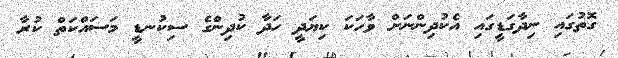
ގޮތުގައި ނިދާގަޑީގައި އެކުދިންނަށް ވާހަކަ ކިޔަދީ ހަދާ ކުދިންގެ ސިކުނޑީ މަސައްކަތް ކުރާ